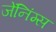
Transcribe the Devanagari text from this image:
जेंनिंग्स